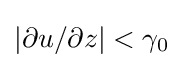
|\partial u/\partial z|<\gamma _{0}